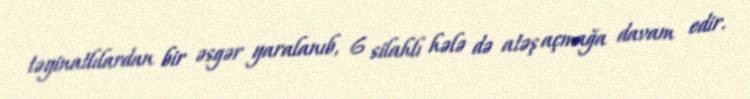
təyinatlılardan bir əsgər yaralanıb, 6 silahlı hələ də atəş açmağa davam edir.